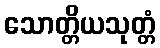
သောတ္တိယသုတ္တံ